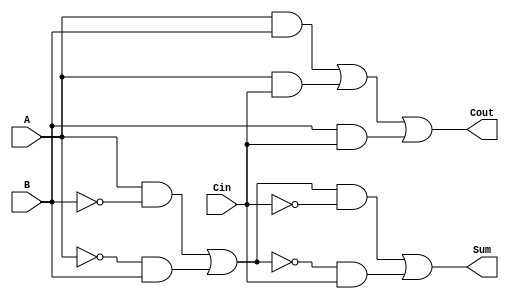
module TransmissionGateFullAdder (
    input wire A,      // First input bit
    input wire B,      // Second input bit
    input wire Cin,    // Carry-in bit
    output wire Sum,   // Sum output
    output wire Cout   // Carry-out output
);

// Intermediate signals for the Sum calculation
wire AB;             // A AND B
wire ACin;           // A AND Cin
wire BCin;           // B AND Cin
wire AxorB;         // A XOR B
wire AxorBCin;      // (A XOR B) XOR Cin

// Transmission Gate Logic for Sum (Sum = A  B  Cin)

// Step 1: Calculate A XOR B using transmission gates
assign AxorB = (A & ~B) | (~A & B); // Implementing A XOR B

// Step 2: Calculate (A XOR B) XOR Cin
assign AxorBCin = (AxorB & ~Cin) | (~AxorB & Cin); // Implementing (A XOR B) XOR Cin

// Final Sum output
assign Sum = AxorBCin;

// Transmission Gate Logic for Cout (Cout = (A & B) + (A & Cin) + (B & Cin))

// Step 1: Calculate intermediate products
assign AB = A & B;         // A AND B
assign ACin = A & Cin;     // A AND Cin
assign BCin = B & Cin;     // B AND Cin

// Step 2: Calculate Cout = AB OR ACin OR BCin
assign Cout = AB | ACin | BCin; // Implementing Cout

endmodule